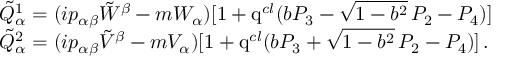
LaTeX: \begin{array} { l } { { \displaystyle \displaystyle \tilde { \cal Q } _ { \alpha } ^ { 1 } = ( i p _ { \alpha \beta } \tilde { W } ^ { \beta } - m W _ { \alpha } ) [ 1 + \mathrm { q } ^ { c l } ( b P _ { 3 } - \sqrt { 1 - b ^ { 2 } } \, P _ { 2 } - P _ { 4 } ) ] } } \\ { { \displaystyle \tilde { \cal Q } _ { \alpha } ^ { 2 } = ( i p _ { \alpha \beta } \tilde { V } ^ { \beta } - m V _ { \alpha } ) [ 1 + \mathrm { q } ^ { c l } ( b P _ { 3 } + \sqrt { 1 - b ^ { 2 } } \, P _ { 2 } - P _ { 4 } ) ] \, . } } \end{array}